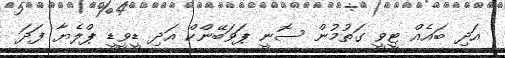
އަދި ބައެއް ޓީވީ ގަތުމުން ސޮނީ ޕަވަބޭންކް އަދި ޑީވީޑީ ޕްލެޔާ ފަދަ